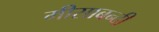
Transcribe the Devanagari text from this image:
मीसाबन्दी